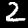
Label: 2